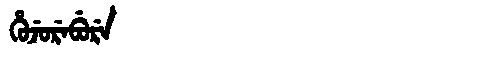
Manchu: ᡥᡠᠵᡠᡵᡝᠪᡠᡵᡝ
Romanization: HUJUREBURE